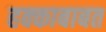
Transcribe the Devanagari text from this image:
हक्काबाबत